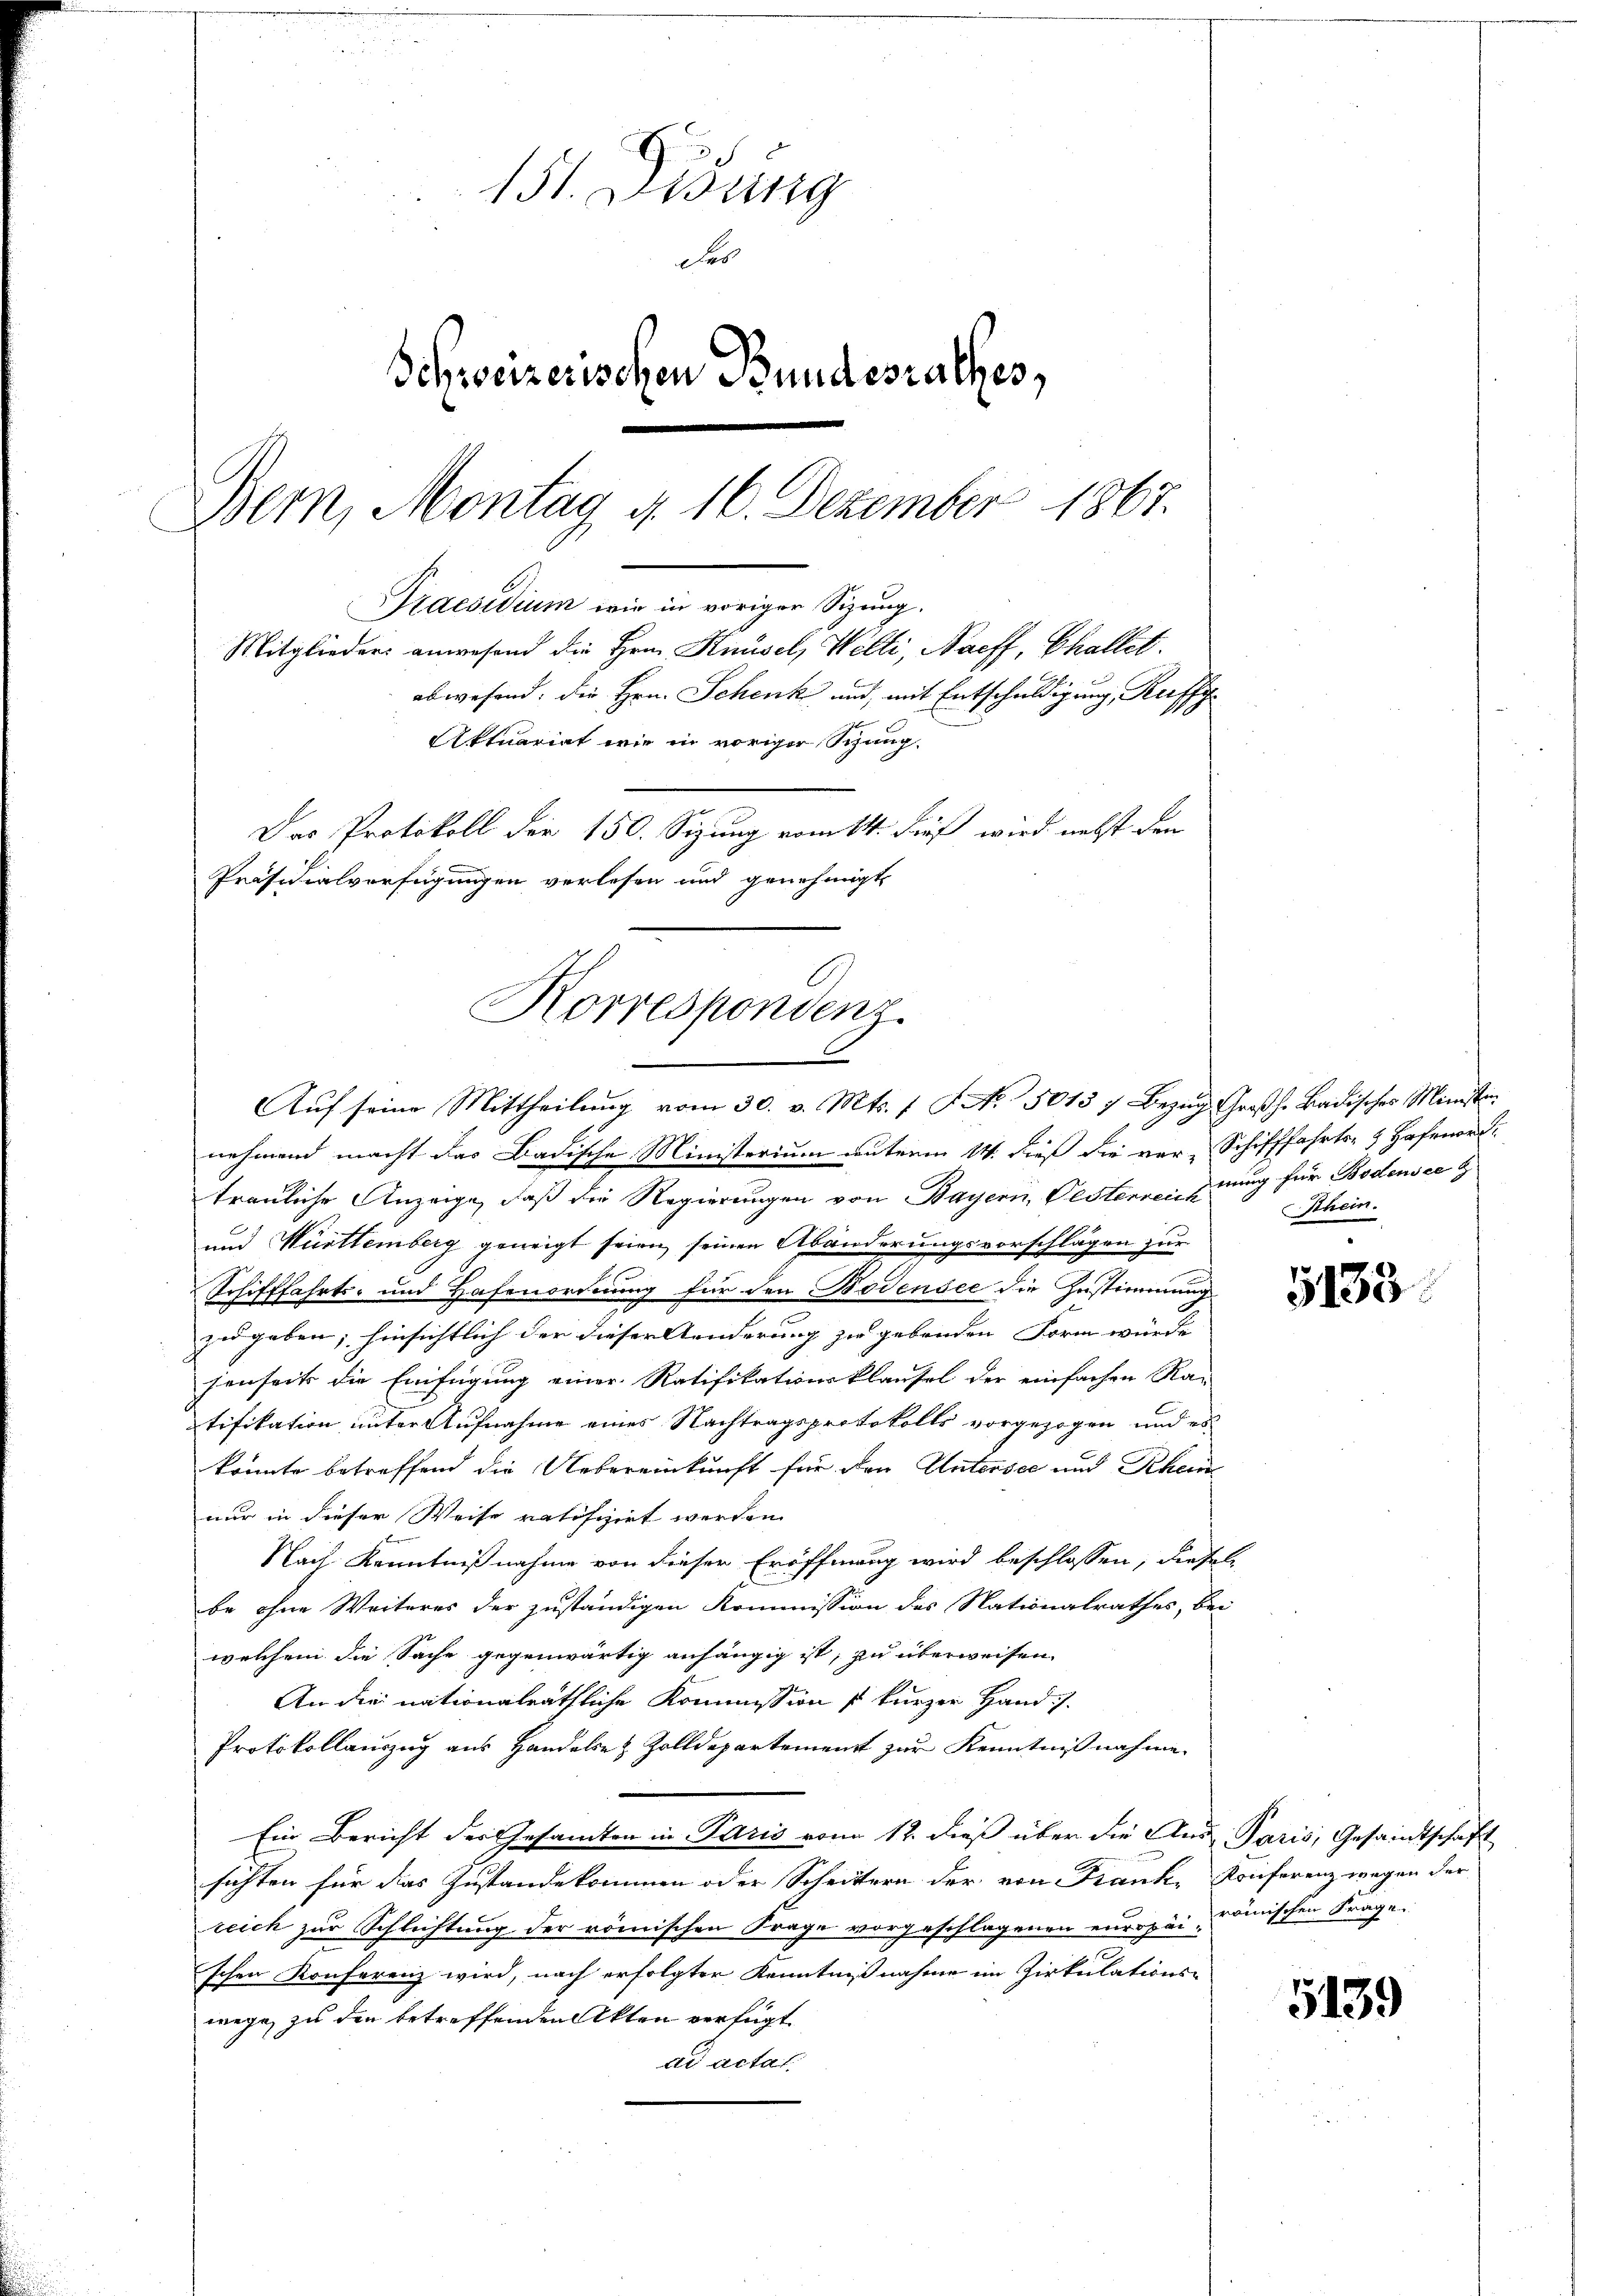
131. Disung
Fes
Schweizerischen Bundesrathes,
Bern, Montag d. 16. Dezember 1867.
Praesidium wie in voriger Sitzung.
Mitglieder anwesend die Hrn. Knüsel, Welti, Naeff, Challet.
abwesend: die Hrn. Schenk und mit Entschuldigung, Raffi
Aktuariat wie in voriger Schang
Das Protokoll der 150. Sizung vom 14. Fuß wird nebst den
Präsidialverfügungen verlesen und genehmigt

nehmend macht das Badische Ministerium unterm 14. dieß die vor-Schifffahrts- & Hafenord
trauliche Anzeige, daß die Regierungen von Bayern, Oestenreizung für Bodensee b
und Württemberg geneigt seien seinen Abänderungsvorschlägen zur
Schifffahrts- und Hafenordnung für den Bodensee die Zustimmung
zu geben; hinsichtlich der dieser Aenderung zu gebenden Form wurde
henseits die Einfügung einer Ratifikationsklausel der einfachen Ra-
tifikation unter Aufnahme eines Nachtragsprotokolls vorgezogen und es
konnte betreffend die Uebereinkunft für den Untersee und Rheine
nur in dieser Weise ratischirt werden.
Nach Kenntnißnahme von dieser Eröffnung wird beschlossen, diesel
be ohne Weiteres der zuständigen Kommission des Nationalrathes, bei
welchem die Sache gegenwärtig anhängig ist, zu überweisen
An die nationalräthliche Kommission so kurzer Hand).
Protokollauszug aus Handels- & Zolldepartement zur Kenntnißnahme.
Ein Bericht der Gesamten in Paris vom 12. dieß über die Aus Paris, Gesandtschaft
sichten für das Zustandekommen oder Scheittern der von Frank, Konferenz wegen der
reich zur Schlichtung der römischen Frage vorgeschlagenen europas römischen Frage
schen Konferenz wird, nach erfolgter Kenntnißnahme im Zirkulations-
wege zu den betreffenden Akten verfügt
ad actat.

Korrespondenz.
1
d
Auf seine Mittheilung vom 30. v. Mts. 1 S. N. 5015 7 Bezug, Großh. Badisches Ministin

Rhein.

5133

5139